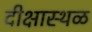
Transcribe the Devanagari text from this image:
दीक्षास्थळ